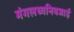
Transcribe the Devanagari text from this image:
मंगलध्वनिबजाई